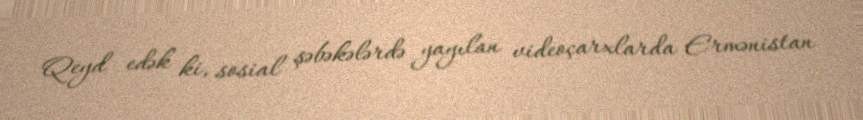
Qeyd edək ki, sosial şəbəkələrdə yayılan videoçarxlarda Ermənistan